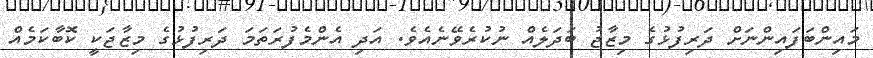
މައިންބަފައިންނަށް ދަރިފުޅުގެ މިޒާޖު ބަދަލެއް ނުކުރެވޭނެއެވެ. އަދި އެންމެފުރަތަމަ ދަރިފުޅުގެ މިޒާޖަކީ ކޮބާކަމެއް